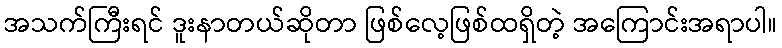
အသက်ကြီးရင် ဒူးနာတယ်ဆိုတာ ဖြစ်လေ့ဖြစ်ထရှိတဲ့ အကြောင်းအရာပါ။